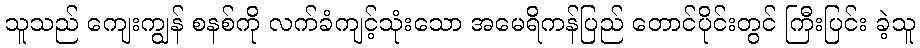
သူသည် ကျေးကျွန် စနစ်ကို လက်ခံကျင့်သုံးသော အမေရိကန်ပြည် တောင်ပိုင်းတွင် ကြီးပြင်း ခဲ့သူ